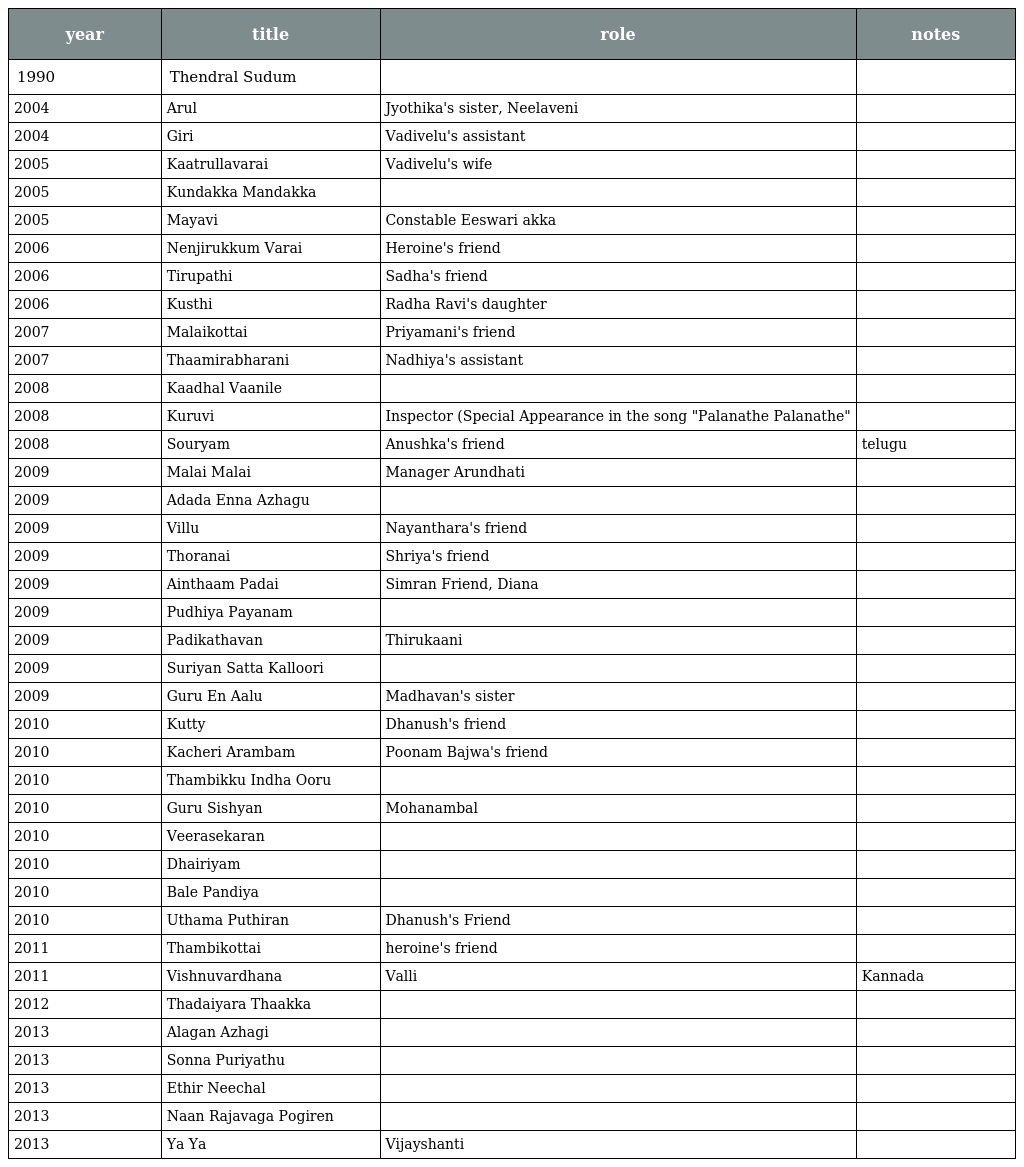
| year | title | role | notes |
 | --- | --- | --- | --- |
 | 1990 | Thendral Sudum |  |  |
 | 2004 | Arul | Jyothika's sister, Neelaveni |  |
 | 2004 | Giri | Vadivelu's assistant |  |
 | 2005 | Kaatrullavarai | Vadivelu's wife |  |
 | 2005 | Kundakka Mandakka |  |  |
 | 2005 | Mayavi | Constable Eeswari akka |  |
 | 2006 | Nenjirukkum Varai | Heroine's friend |  |
 | 2006 | Tirupathi | Sadha's friend |  |
 | 2006 | Kusthi | Radha Ravi's daughter |  |
 | 2007 | Malaikottai | Priyamani's friend |  |
 | 2007 | Thaamirabharani | Nadhiya's assistant |  |
 | 2008 | Kaadhal Vaanile |  |  |
 | 2008 | Kuruvi | Inspector (Special Appearance in the song "Palanathe Palanathe" |  |
 | 2008 | Souryam | Anushka's friend | telugu |
 | 2009 | Malai Malai | Manager Arundhati |  |
 | 2009 | Adada Enna Azhagu |  |  |
 | 2009 | Villu | Nayanthara's friend |  |
 | 2009 | Thoranai | Shriya's friend |  |
 | 2009 | Ainthaam Padai | Simran Friend, Diana |  |
 | 2009 | Pudhiya Payanam |  |  |
 | 2009 | Padikathavan | Thirukaani |  |
 | 2009 | Suriyan Satta Kalloori |  |  |
 | 2009 | Guru En Aalu | Madhavan's sister |  |
 | 2010 | Kutty | Dhanush's friend |  |
 | 2010 | Kacheri Arambam | Poonam Bajwa's friend |  |
 | 2010 | Thambikku Indha Ooru |  |  |
 | 2010 | Guru Sishyan | Mohanambal |  |
 | 2010 | Veerasekaran |  |  |
 | 2010 | Dhairiyam |  |  |
 | 2010 | Bale Pandiya |  |  |
 | 2010 | Uthama Puthiran | Dhanush's Friend |  |
 | 2011 | Thambikottai | heroine's friend |  |
 | 2011 | Vishnuvardhana | Valli | Kannada |
 | 2012 | Thadaiyara Thaakka |  |  |
 | 2013 | Alagan Azhagi |  |  |
 | 2013 | Sonna Puriyathu |  |  |
 | 2013 | Ethir Neechal |  |  |
 | 2013 | Naan Rajavaga Pogiren |  |  |
 | 2013 | Ya Ya | Vijayshanti |  |